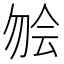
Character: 𫧃